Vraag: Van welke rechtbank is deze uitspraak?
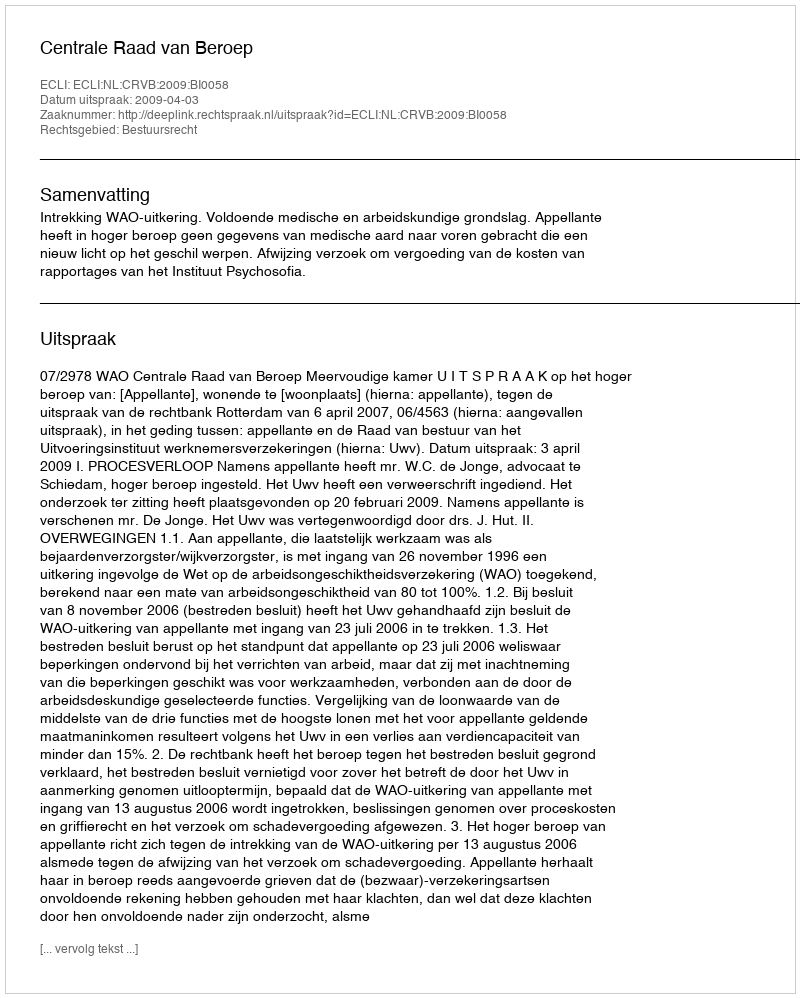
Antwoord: Centrale Raad van Beroep